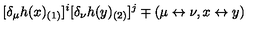
[ \delta _ { \mu } h ( x ) _ { ( 1 ) } ] ^ { i } [ \delta _ { \nu } h ( y ) _ { ( 2 ) } ] ^ { j } \mp ( \mu \leftrightarrow \nu , x \leftrightarrow y )